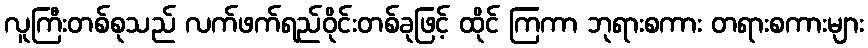
လူကြီးတစ်စုသည် လက်ဖက်ရည်ဝိုင်းတစ်ခုဖြင့် ထိုင် ကြကာ ဘုရားစကား တရားစကားများ